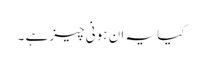
کیا یہ ان ہونی چیز ہے ۔